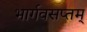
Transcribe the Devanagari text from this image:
भार्गवसप्तम्